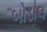
બોડાલ